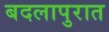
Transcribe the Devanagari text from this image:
बदलापुरात